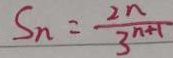
S _ { n } = \frac { 2 n } { 3 ^ { n + 1 } }